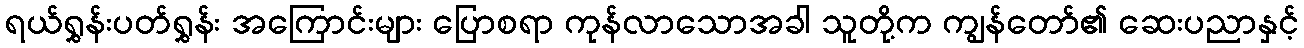
ရယ်ရွှန်းပတ်ရွှန်း အကြောင်းများ ပြောစရာ ကုန်လာသောအခါ သူတို့က ကျွန်တော်၏ ဆေးပညာနှင့်